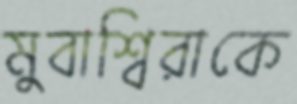
মুবাশ্বিরাকে